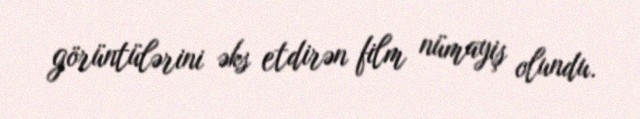
görüntülərini əks etdirən film nümayiş olundu.